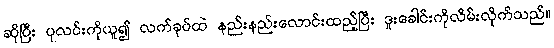
ဆိုပြီး ပုလင်းကိုယူ၍ လက်ခုပ်ထဲ နည်းနည်းလောင်းထည့်ပြီး ဒူးခေါင်းကိုလိမ်းလိုက်သည်။